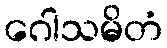
ဂေါသမိတံ